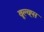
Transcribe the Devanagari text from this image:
वूल्व्ह्स